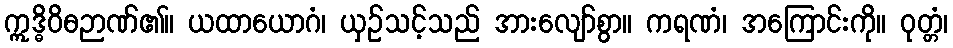
ဣဒ္ဓိဝိဓဉာဏ်၏။ ယထာယောဂံ၊ ယှဉ်သင့်သည် အားလျော်စွာ။ ကရဏံ၊ အကြောင်းကို။ ဝုတ္တံ၊